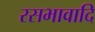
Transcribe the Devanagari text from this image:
रसभावादि